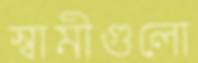
স্বামীগুলো